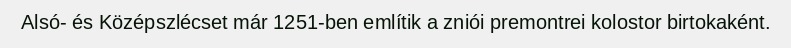
Alsó- és Középszlécset már 1251-ben említik a zniói premontrei kolostor birtokaként.